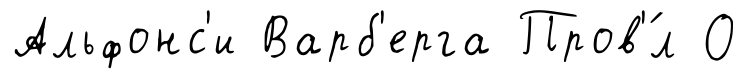
Альфонс'и Варб'ерга Пров'́л О